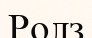
Ролз